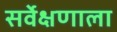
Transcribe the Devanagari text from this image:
सर्वेक्षणाला